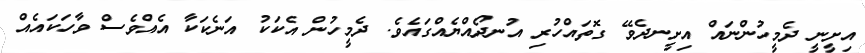
އިށީނީ ދެމީހުންނައް އިށީނދެވޭ ގޮތައްހުރި އުނދޯއްޔެއްގައެވެ. ދެމީހުން އެކަކު އަނެކަކާ އެއްވެސް ވާހަކައެއް